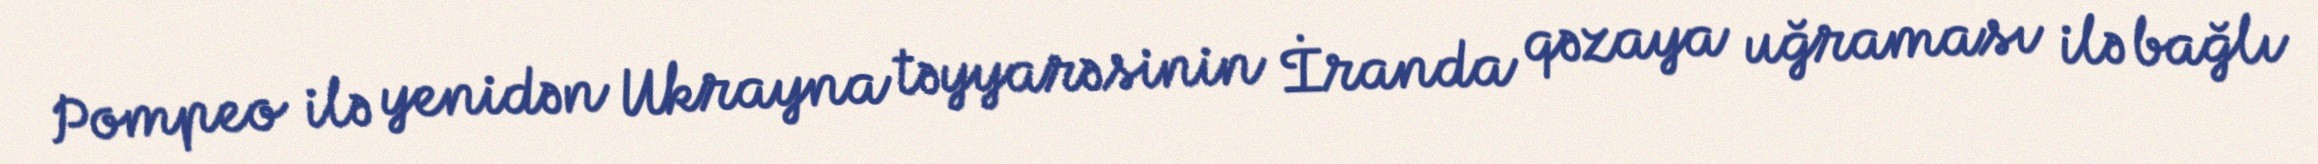
Pompeo ilə yenidən Ukrayna təyyarəsinin İranda qəzaya uğraması ilə bağlı